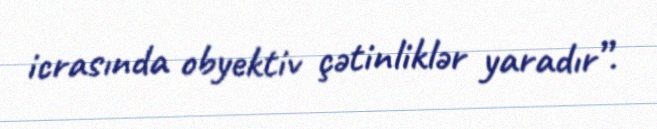
icrasında obyektiv çətinliklər yaradır”.